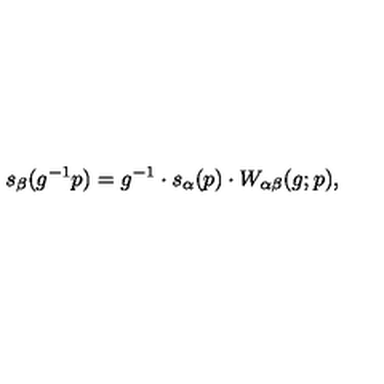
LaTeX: s _ { \beta } ( g ^ { - 1 } p ) = g ^ { - 1 } \cdot s _ { \alpha } ( p ) \cdot W _ { \alpha \beta } ( g ; p ) ,